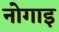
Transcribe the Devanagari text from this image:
नोगाइ